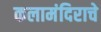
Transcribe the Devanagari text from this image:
कलामंदिराचे